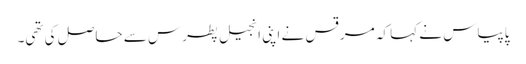
پاپیاس نے کہا کہ مرقس نے اپنی انجیل پطرس سے حاصل کی تھی۔